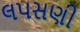
લપસણી